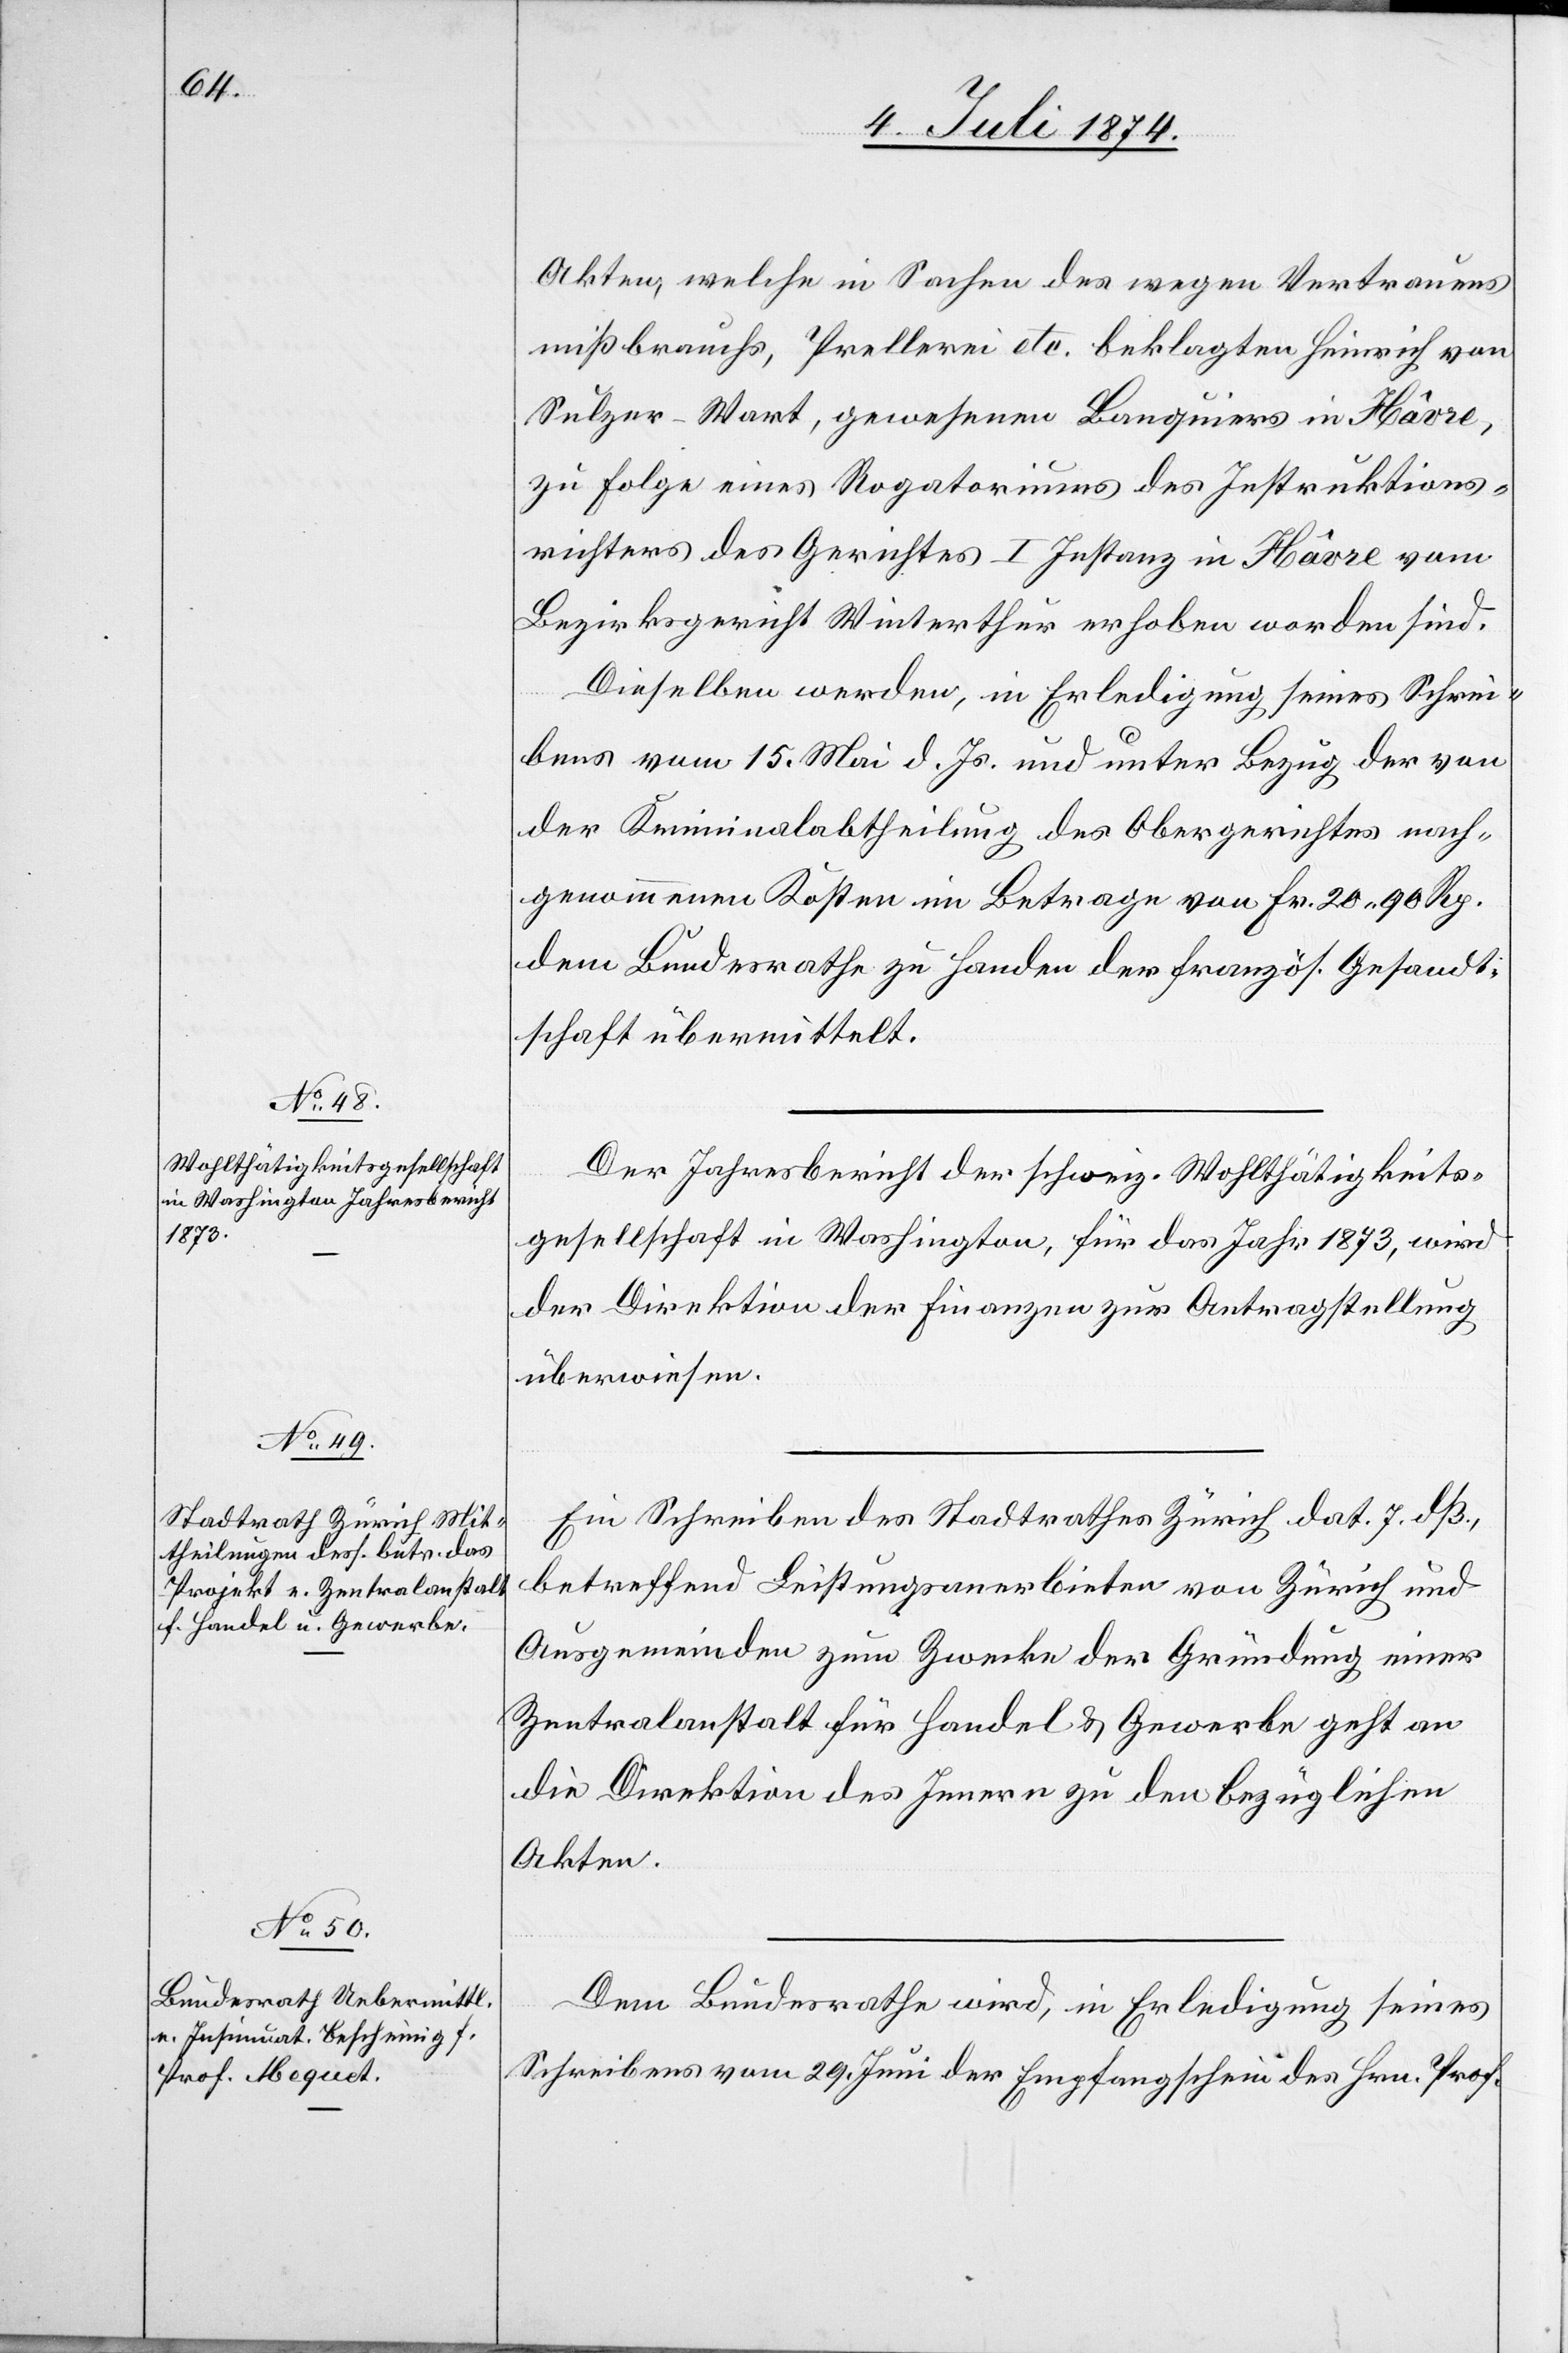
8. Juli 1874.]
Akten, welche in Sachen des wegen Vertrauens¬
mißbrauchs, Prellerei etc. beklagten Heinrich von
Sulzer-Wart, gewesener Banquiers in Hâvre,
zu Folge eines Rogatoriums des Instruktions¬
richters des Gerichts I. Instanz in Hâvre vom
Bezirksgericht Winterthur erhoben worden sind.
Dieselben werden, in Erledigung seines Schrei¬
bens vom 15. Mai d. Js. und unter Bezug der von
der Kriminalabtheilung des Obergerichtes nach¬
genommenen Kosten im Betrage von Fr. 20.90 Rp.
dem Bundesrathe zu Handen der französ. Gesandt¬
schaft übermittelt.
Der Jahresbericht der schweiz. Wohlthätigkeits¬
gesellschaft in Washington, für das Jahr 1873, wird
der Direktion der Finanzen zur Antragstellung
überwiesen.
Ein Schreiben des Stadtrathes Zürich dat. 7. dß.,
betreffend Leistungsanerbieten von Zürich und
Ausgemeinden zum Zwecke der Gründung einer
Zentralanstalt für Handel u. Gewerbe geht an
die Direktion des Innern zu den bezüglichen
Akten.
Dem Bundesrathe wird, in Erledigung seines
Schreibens vom 29. Juni der Empfangschein des Hrn. Prof.